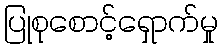
ပြုစုစောင့်ရှောက်မှု